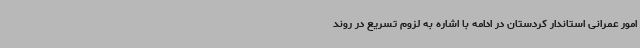
امور عمرانی استاندار کردستان در ادامه با اشاره به لزوم تسریع در روند